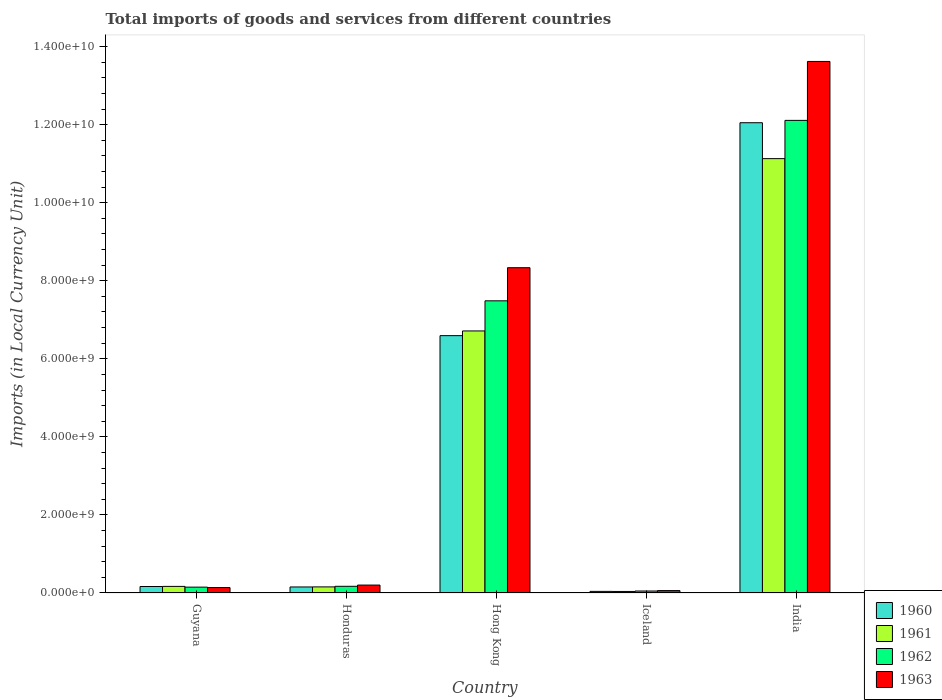
| Country | 1960 | 1961 | 1962 | 1963 |
 | --- | --- | --- | --- | --- |
 | Guyana | 1.66e+08 | 1.69e+08 | 1.5e+08 | 1.39e+08 |
 | Honduras | 1.55e+08 | 1.56e+08 | 1.71e+08 | 2.03e+08 |
 | Hong Kong | 6.59e+09 | 6.71e+09 | 7.49e+09 | 8.34e+09 |
 | Iceland | 4.1e+07 | 3.9e+07 | 5.09e+07 | 6.19e+07 |
 | India | 1.20e+10 | 1.11e+10 | 1.21e+10 | 1.36e+10 |